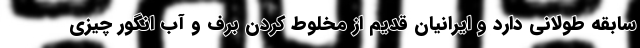
سابقه طولانی دارد و ایرانیان قدیم از مخلوط کردن برف و آب انگور چیزی